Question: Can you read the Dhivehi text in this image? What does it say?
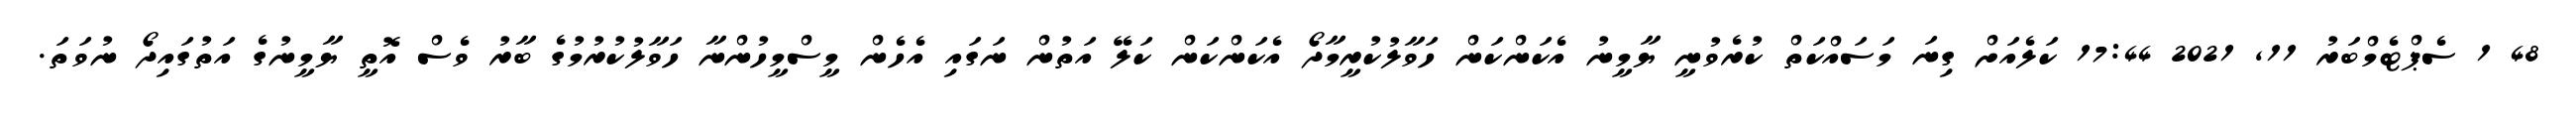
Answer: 48 1 ސެޕްޓެމްބަރު 11, 2021 17:44 ކަލެއަށް ގިނަ މަސައްކަތް ކުރެވުނީ ޔާމީނު އެކަންކަން ހަވާލުކުރީމާދޯ އެކަންކަން ކަލޭ އަތުން ނަގައި އެހެން މީސްމީހުންނާ ހަވާލުކުރުމުގެ ބާރު ވެސް އޮތީ ޔާމީނުގެ އަތުގައިދޯ ނުވަތަ.